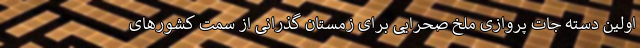
اولین دسته جات پروازی ملخ صحرایی برای زمستان گذرانی از سمت کشورهای